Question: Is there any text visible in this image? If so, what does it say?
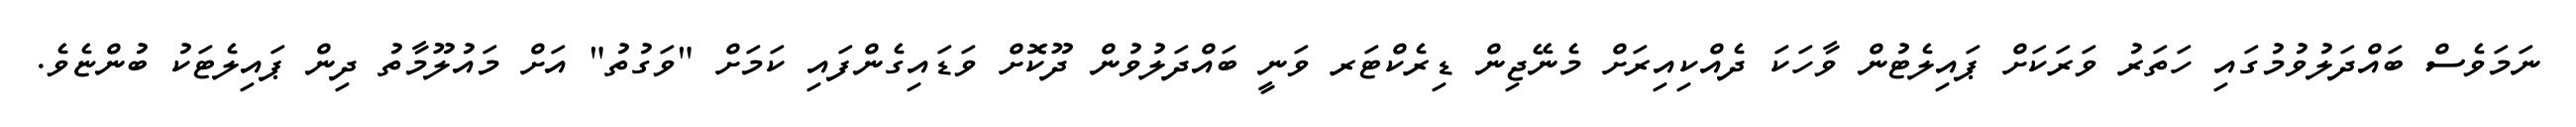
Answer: ނަމަވެސް ބައްދަލުވުމުގައި ހަތަރު ވަރަކަށް ޕައިލެޓުން ވާހަކަ ދެއްކިއިރަށް މެނޭޖިން ޑިރެކްޓަރ ވަނީ ބައްދަލުވުން ދޫކޮށް ވަޑައިގެންފައި ކަމަށް "ވަގުތު" އަށް މައުލޫމާތު ދިން ޕައިލެޓަކު ބުންޏެވެ.